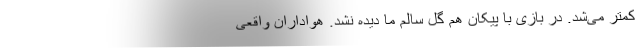
کمتر می‌شد. در بازی با پیکان هم گل سالم ما دیده نشد. هواداران واقعی